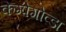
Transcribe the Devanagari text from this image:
केम्पेगोव्डा